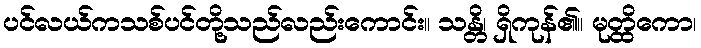
ပင်လယ်ကသစ်ပင်တို့သည်လည်းကောင်း။ သန္တိ၊ ရှိကုန်၏။ မုတ္ထိကော၊